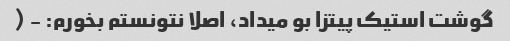
گوشت استیک پیتزا بو میداد، اصلا نتونستم بخورم: - (